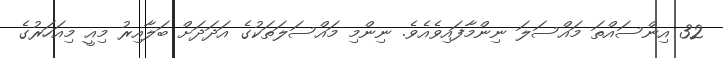
32 އިންސައްތަ މައްސަލަ ނިންމާފައިވެއެވެ. ނިންމި މައްސަލަތަކުގެ އަދަދަށް ބަލާއިރު މިއީ މިއަހަރުގެ